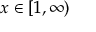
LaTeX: x \in [ 1 , \infty )